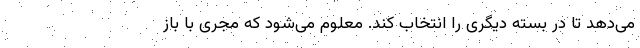
می‌دهد تا در بسته دیگری را انتخاب کند. معلوم می‌شود که مجری با باز